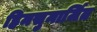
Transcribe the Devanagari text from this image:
हिमसुमार्जित